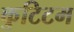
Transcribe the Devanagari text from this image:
कुटिटम